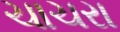
ચાચરા